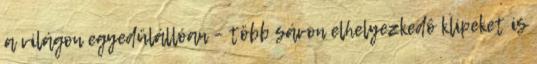
a világon egyedülállóan – több sávon elhelyezkedô klipeket is